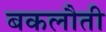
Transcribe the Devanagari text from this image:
बकलौती